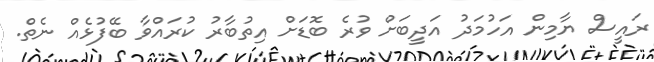
ރައީސް ޔާމިން އަހުމަދު އަދީބަށް ވުރެ ބޮޑަށް އިތުބާރު ކުރައްވާ ބޭފުޅެއް ނެތް.